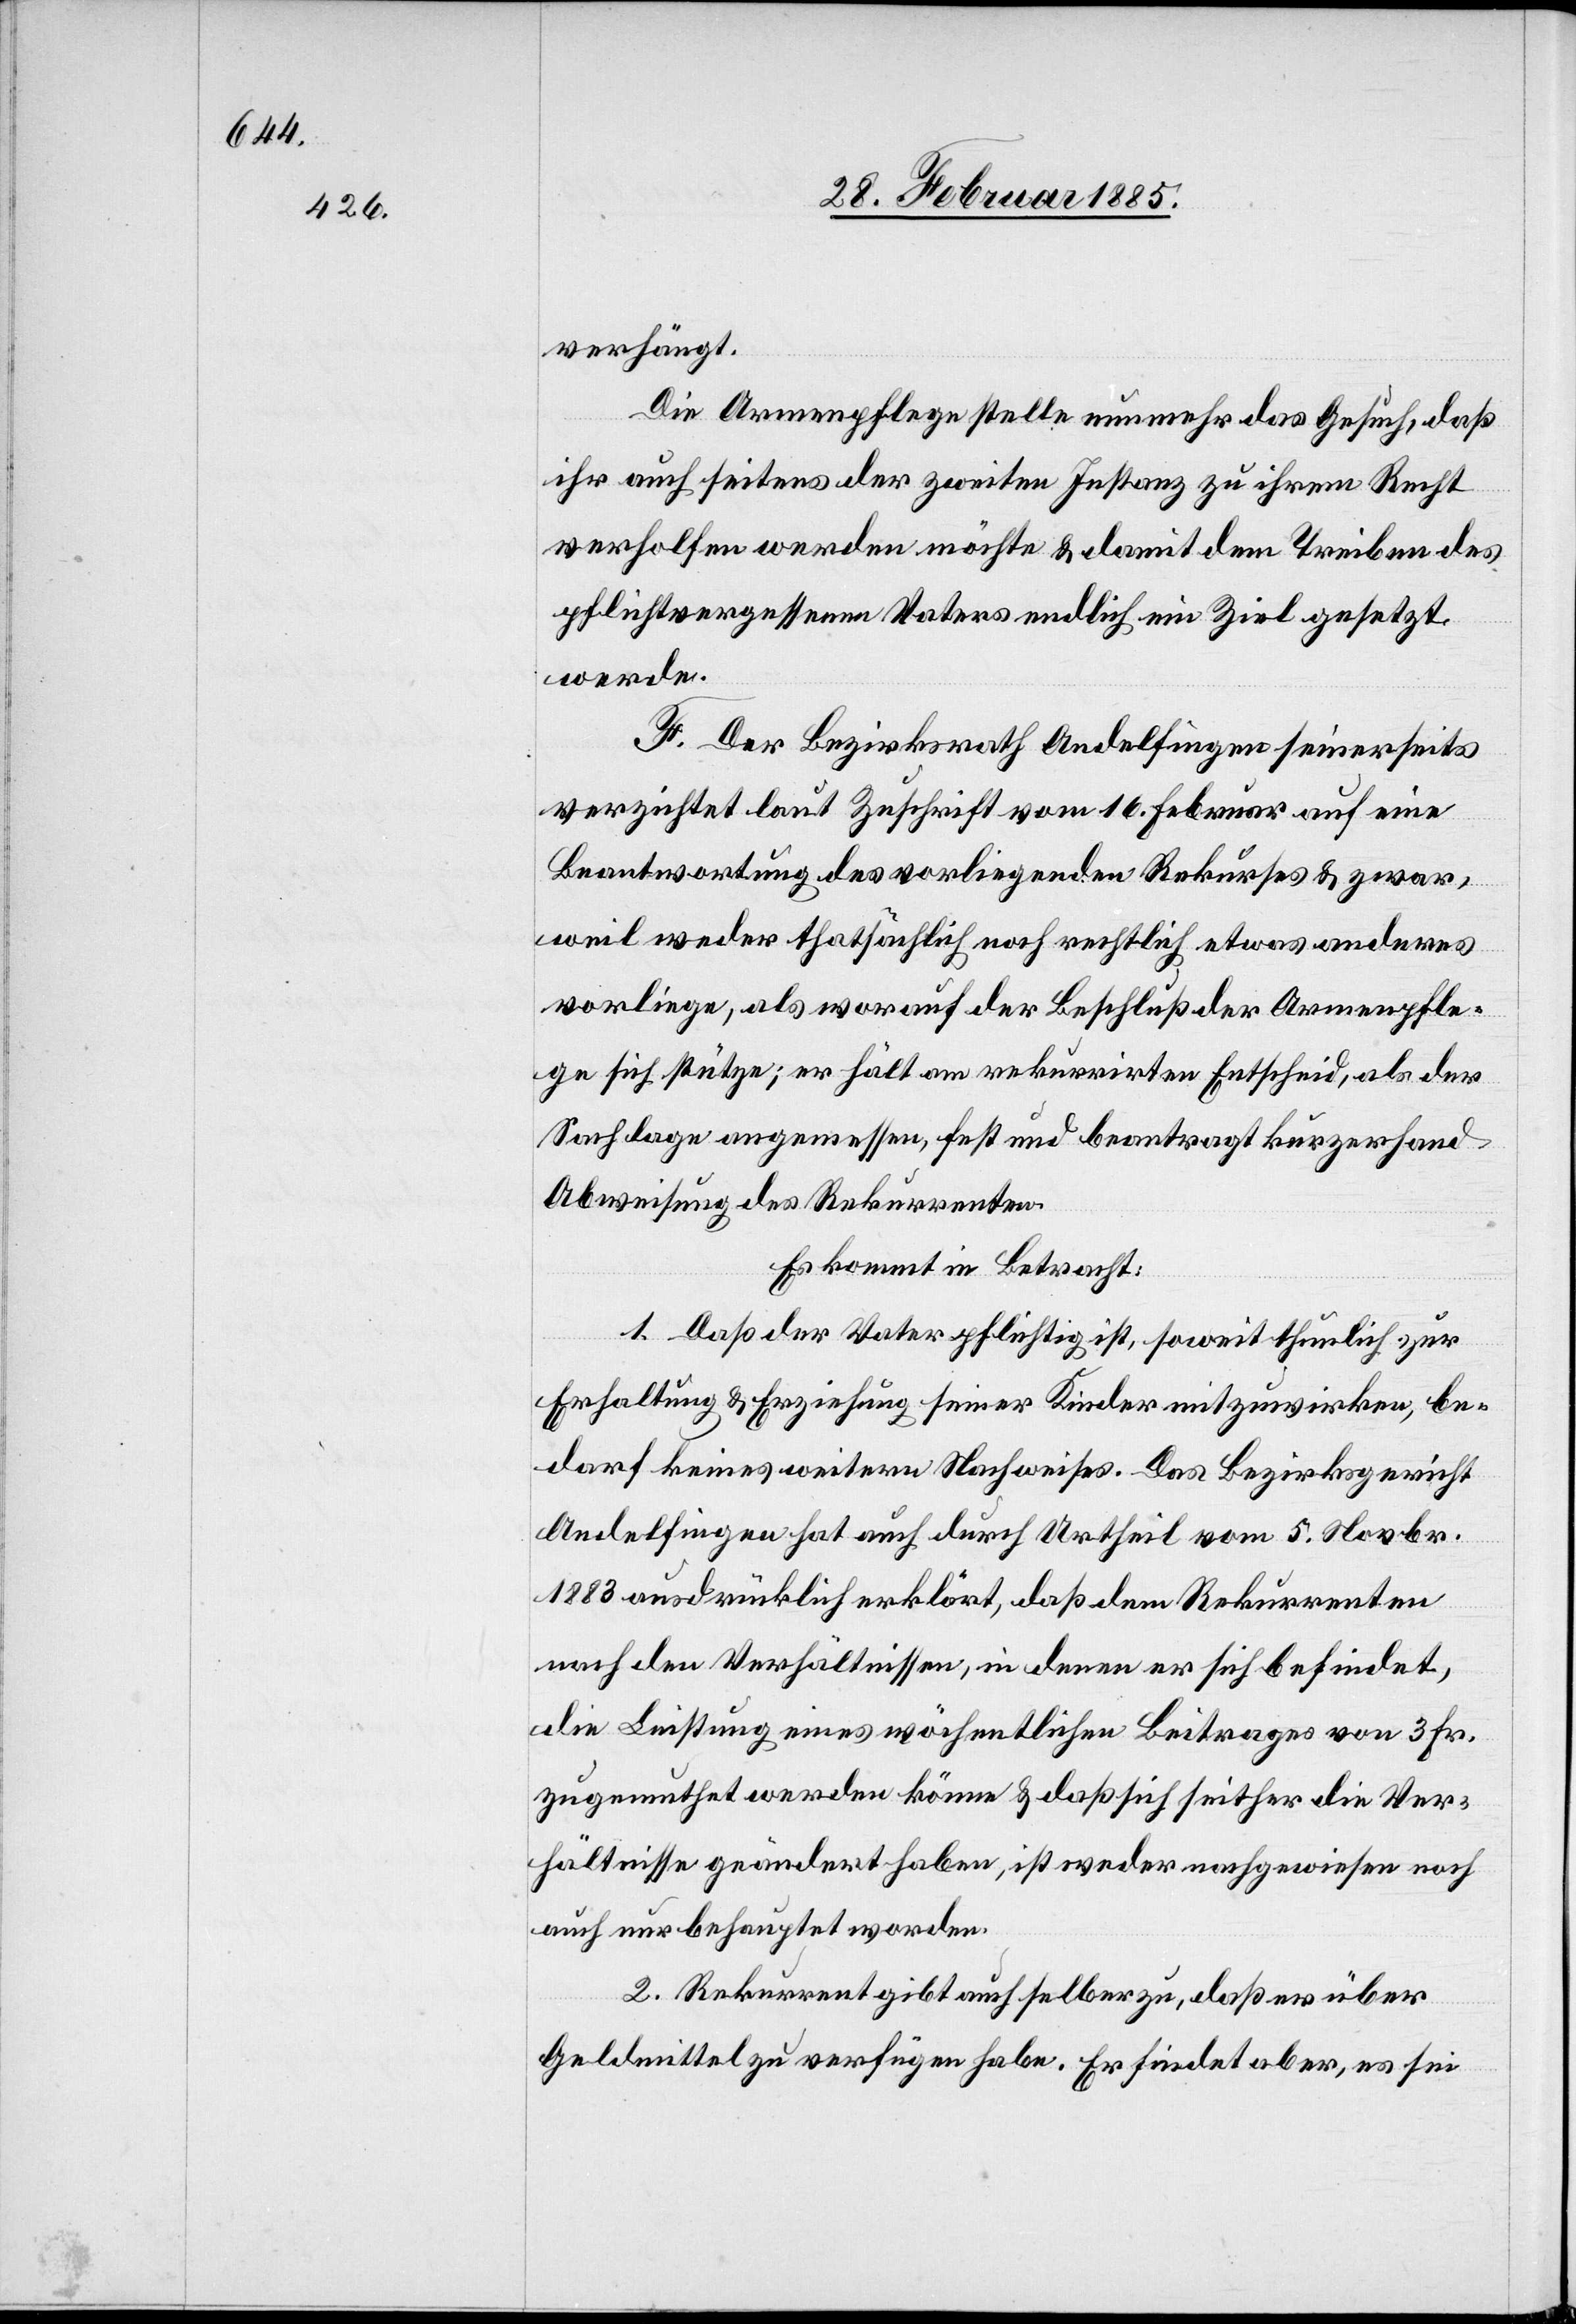
verhängt.
Die Armenpflege stelle nunmehr das Gesuch, daß
ihr seitens der zweiten Instanz zu ihrem Recht
verholfen werden möchte & damit dem Treiben des
pflichtvergessenen Vaters endlich ein Ziel gesetzt
werde.
F. Der Bezirksrath Andelfingen seinerseits
verzichtet laut Zuschrift vom 16. Februar auf eine
Beantwortung des vorliegenden Rekurses & zwar,
weil weder thatsächlich noch rechtlich etwas anderes
vorliege, als worauf der Beschluß der Armenpfle¬
ge sich stütze; er hält am rekurrirten Entscheid, als der
Sachlage angemessen, fest und beantragt kurzerhand
Abweisung des Rekurrenten.
Es kommt in Betracht:
1. Daß der Vater pflichtig ist, soweit thunlich zur
Erhaltung & Erziehung seiner Kinder mitzuwirken, be¬
darf keines weitern Nachweises. Das Bezirksgericht
Andelfingen hat auch durch Urtheil vom 5. Novbr.
1883 ausdrücklich erklärt, daß dem Rekurrenten
nach den Verhältnissen, in denen er sich befindet,
die Leistung eines wöchentlichen Beitrages von 3 Fr.
zugemuthet werden könne & daß sich seither die Ver¬
hältnisse geändert haben, ist weder nachgewiesen noch
auch nur behauptet worden.
2. Rekurrent gibt auch selber zu, daß er über
Geldmittel zu verfügen habe. Er findet aber, es sei